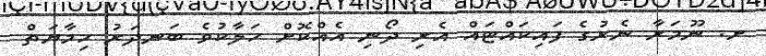
ށ. ނޫމަރާ ނެރުގެ ފައިކައްޓައް އެރި ދޯނި އެއްކޮށް ހަލާކުވެ ބަނދަރު ހިމާޔަތް